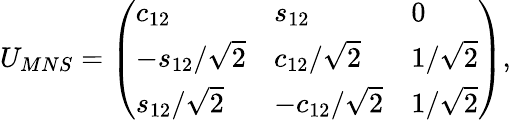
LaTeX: U_{MNS}=\left(\begin{array}{lll}{{c_{12}}}&{{s_{12}}}&{{0}}\\ {{-s_{12}/\sqrt{2}}}&{{c_{12}/\sqrt{2}}}&{{1/\sqrt{2}}}\\ {{s_{12}/\sqrt{2}}}&{{-c_{12}/\sqrt{2}}}&{{1/\sqrt{2}}}\end{array}\right),